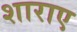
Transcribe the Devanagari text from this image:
शाराए